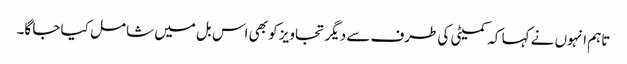
تاہم انہوں نے کہا کہ کمیٹی کی طرف سے دیگر تجاویز کو بھی اس بل میں شامل کیا جا گا۔